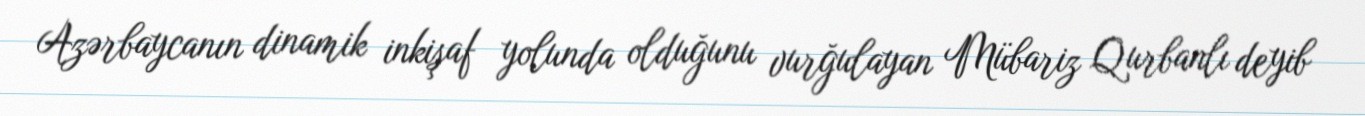
Azərbaycanın dinamik inkişaf yolunda olduğunu vurğulayan Mübariz Qurbanlı deyib